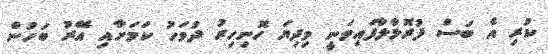
ކުރި އެ ބަސް ފުރޮޅާލާފައިވަނީ މިދިޔަ ހޮނިހިރު ދުވަހު ކަމަށާއި އޭރު ބަހުން